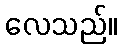
လေသည်။